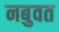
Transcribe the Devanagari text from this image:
नबुवत